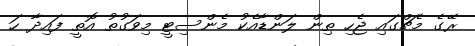
ރޭގެ މެޗްގައި ޖެހި ތިން ލަންޑާއެކު މެންސިޓީ މިވަގުތު އޮތީ ފައިދާ ހަ